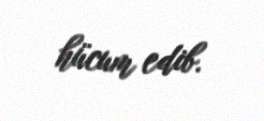
hücum edib.